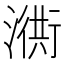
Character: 𣽣